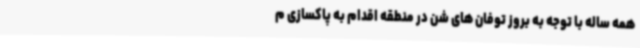
همه ساله با توجه به بروز توفان های شن در منطقه اقدام به پاکسازی م